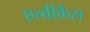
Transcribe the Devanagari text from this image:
एल्बीकैंस